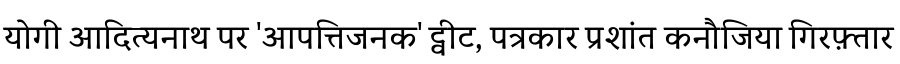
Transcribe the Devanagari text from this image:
योगी आदित्यनाथ पर 'आपत्तिजनक' ट्वीट, पत्रकार प्रशांत कनौजिया गिरफ़्तार